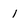
Character: 1